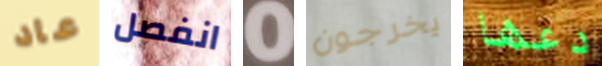
عاد انفصل 0 يخرجون دعها